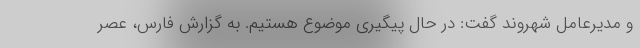
و مدیرعامل شهروند گفت: در حال پیگیری موضوع هستیم. به گزارش فارس، عصر